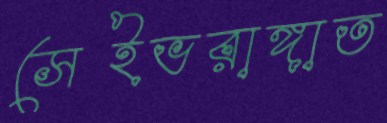
সেইভরাঙ্গাত